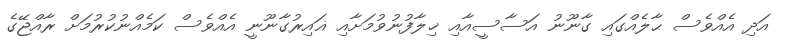
އަދި އެއްވެސް ޙާލެއްގައި ގާނޫނު އަސާސީއާއި ޚިލާފުނުވުމަށާއި ޣައިރުގާނޫނީ އެއްވެސް ކަމެއްނުކުރުމަށް ރާއްޖޭގެ